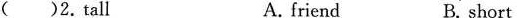
( )2.tall A. friend B. short